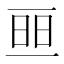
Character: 𠄵